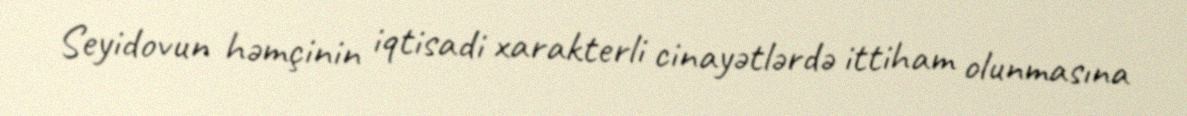
Seyidovun həmçinin iqtisadi xarakterli cinayətlərdə ittiham olunmasına